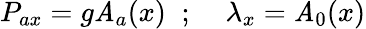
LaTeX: P_{ax}=g\mathit{A}_{a}(x)\; \; ;\; \; \; \; \lambda_{x}=\mathit{A}_{0}(x)